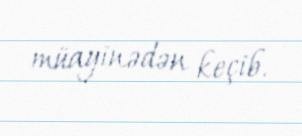
müayinədən keçib.